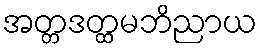
အတ္တဒတ္ထမဘိညာယ